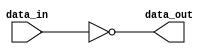
//parameter WIDTH=32;

module invertion_4
(
input [3:0] data_in,
output [3:0] data_out);

assign data_out = ~data_in;


endmodule